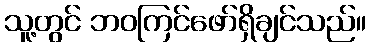
သူ့တွင် ဘဝကြင်ဖော်ရှိချင်သည်။